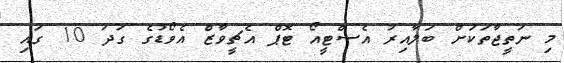
މި ނަތީޖާތަކަށް ބަލާއިރު އެސްޓީއޯ ޓޮޕް އެޗީވާޒް އެވޯޑުގެ ގަދަ 10 ގައި